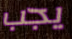
يجب